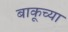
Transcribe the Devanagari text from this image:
बाकूच्या